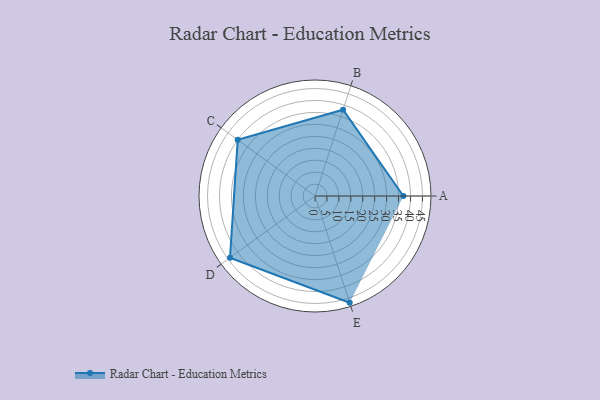
{"axis": {"x": "Skill", "y": "Score"}, "legend": ["Profile"], "data": [{"x": "A", "y": 37.0, "type": "Profile"}, {"x": "B", "y": 38.0, "type": "Profile"}, {"x": "C", "y": 40.0, "type": "Profile"}, {"x": "D", "y": 44.0, "type": "Profile"}, {"x": "E", "y": 47.0, "type": "Profile"}]}